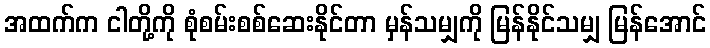
အထက်က ငါတို့ကို စုံစမ်းစစ်ဆေးနိုင်တာ မှန်သမျှကို မြန်နိုင်သမျှ မြန်အောင်